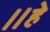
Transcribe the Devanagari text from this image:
॥हे